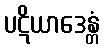
ပဋိယာဒေန္တံ